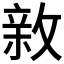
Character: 𢾉